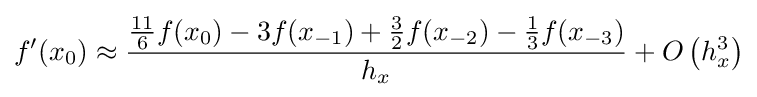
\displaystyle f'(x_{0})\approx \displaystyle {\frac {{\frac {11}{6}}f(x_{0})-3f(x_{-1})+{\frac {3}{2}}f(x_{-2})-{\frac {1}{3}}f(x_{-3})}{h_{x}}}+O\left(h_{x}^{3}\right)